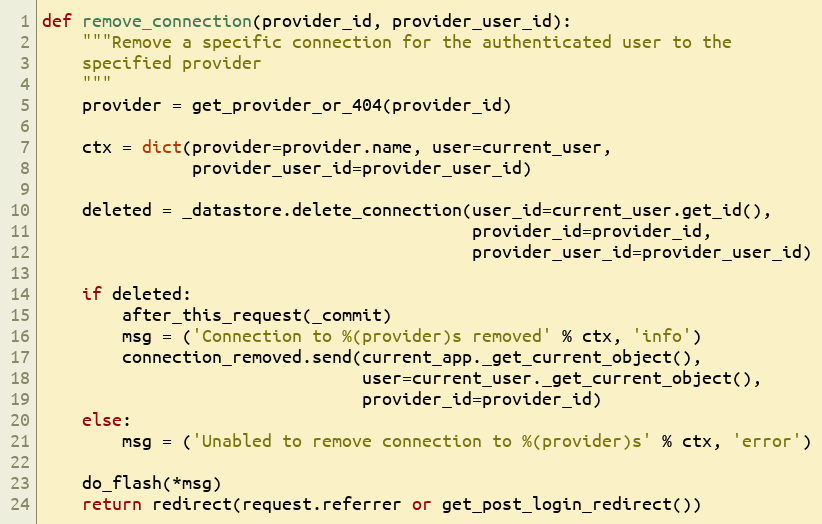
Language: Python
def remove_connection(provider_id, provider_user_id):
    """Remove a specific connection for the authenticated user to the
    specified provider
    """
    provider = get_provider_or_404(provider_id)

    ctx = dict(provider=provider.name, user=current_user,
               provider_user_id=provider_user_id)

    deleted = _datastore.delete_connection(user_id=current_user.get_id(),
                                           provider_id=provider_id,
                                           provider_user_id=provider_user_id)

    if deleted:
        after_this_request(_commit)
        msg = ('Connection to %(provider)s removed' % ctx, 'info')
        connection_removed.send(current_app._get_current_object(),
                                user=current_user._get_current_object(),
                                provider_id=provider_id)
    else:
        msg = ('Unabled to remove connection to %(provider)s' % ctx, 'error')

    do_flash(*msg)
    return redirect(request.referrer or get_post_login_redirect())